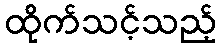
ထိုက်သင့်သည့်